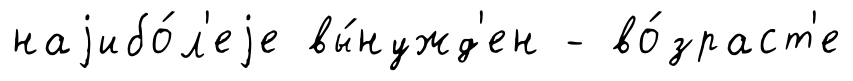
наjибо́л'еjе вы́нужд'ен - во́зраст'е